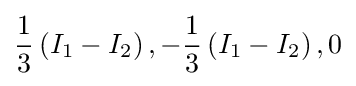
{\frac {1}{3}}\left(I_{1}-I_{2}\right),-{\frac {1}{3}}\left(I_{1}-I_{2}\right),0